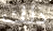
ذلك